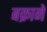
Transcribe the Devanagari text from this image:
बक्राने